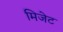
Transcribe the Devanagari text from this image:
मिजेट